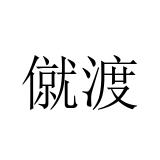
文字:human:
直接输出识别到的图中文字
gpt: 僦渡